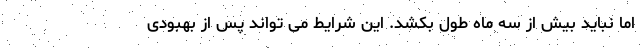
اما نباید بیش از سه ماه طول بکشد. این شرایط می تواند پس از بهبودی